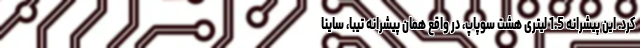
کرد. این پیشرانه 1.5 لیتری هشت سوپاپ، در واقع همان پیشرانه تیبا، ساینا